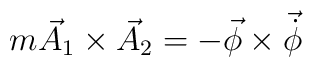
m \vec{A}_{1}\times\vec{A}_{2}=-\vec{\phi}\times\vec{\dot{\phi}}